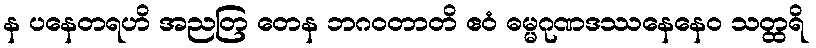
န ပနေတရဟိ အညတြ တေန ဘဂဝတာတိ ဧဝံ ဓမ္မဂုဏဒဿနေနေဝ သတ္ထရိ